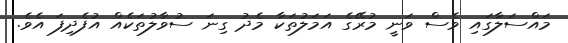
މައްސަލާގައި ވެސް ވަނީ މުރޭގެ އަމަލުތަކާ މެދު ގިނަ ސުވާލުތަކެއް އުފެދިފަ އެވެ.